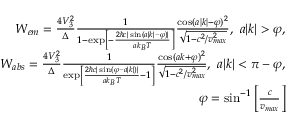
\begin{array} { r } { W _ { e m } = \frac { 4 V _ { 3 } ^ { 2 } } { \Delta } \frac { 1 } { 1 - \exp \left[ - \frac { 2 \hbar c | \sin ( a | k | - \varphi ) | } { a k _ { B } T } \right] } \frac { \cos ( a | k | - \varphi ) ^ { 2 } } { \sqrt { 1 - c ^ { 2 } / v _ { m a x } ^ { 2 } } } , ~ a | k | > \varphi , } \\ { W _ { a b s } = \frac { 4 V _ { 3 } ^ { 2 } } { \Delta } \frac { 1 } { \exp \left[ \frac { 2 \hbar c | \sin ( \varphi - a | k | ) | } { a k _ { B } T } - 1 \right] } \frac { \cos ( a k + \varphi ) ^ { 2 } } { \sqrt { 1 - c ^ { 2 } / v _ { m a x } ^ { 2 } } } , ~ a | k | < \pi - \varphi , } \\ { \varphi = \sin ^ { - 1 } \left[ \frac { c } { v _ { m a x } } \right] } \end{array}